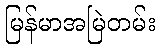
မြန်မာအမြဲတမ်း